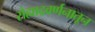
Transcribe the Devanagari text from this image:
सैह्याद्रवर्णनातून